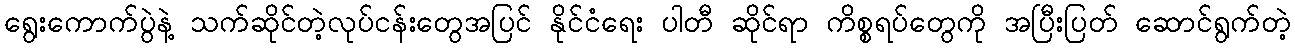
ရွေးကောက်ပွဲနဲ့ သက်ဆိုင်တဲ့လုပ်ငန်းတွေအပြင် နိုင်ငံရေး ပါတီ ဆိုင်ရာ ကိစ္စရပ်တွေကို အပြီးပြတ် ဆောင်ရွက်တဲ့